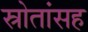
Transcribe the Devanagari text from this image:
स्रोतांसह